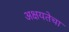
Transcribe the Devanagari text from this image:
अक्षयतेचा